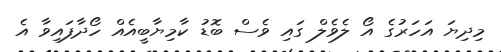
މިދިޔަ އަހަރުގެ އޯ ލެވެލް ގައި ވެސް ބޮޑު ކާމިޔާބީއެއް ހޯދާފައިވާ އެ